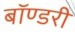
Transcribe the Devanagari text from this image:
बॉण्डरी